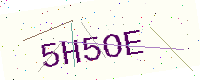
Text: 5H5OE